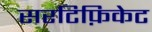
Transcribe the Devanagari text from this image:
सरटिफ़िकेट